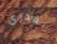
بقدري